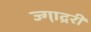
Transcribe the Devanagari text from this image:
ज्गा़द्ररी